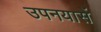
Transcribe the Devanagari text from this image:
उपनयासें